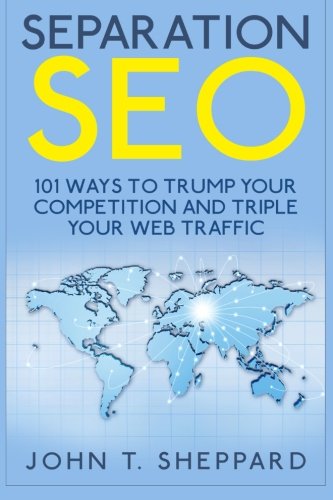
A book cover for Separation SEO: 101 Ways to Trump Your Competition and Triple Your Web Traffic; John T. Sheppard; Computers & Technology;